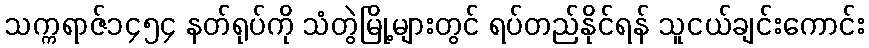
သက္ကရာဇ်၁၄၅၄ နတ်ရုပ်ကို သံတွဲမြို့များတွင် ရပ်တည်နိုင်ရန် သူငယ်ချင်းကောင်း